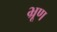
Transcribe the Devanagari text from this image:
भ्रूण